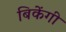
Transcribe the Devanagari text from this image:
बिकेंगी